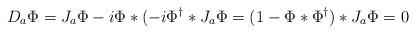
LaTeX: \begin{align*}D_a\Phi=J_a\Phi-i\Phi*(-i\Phi^{\dag}*J_a\Phi=(1-\Phi*\Phi^{\dag})*J_a\Phi=0\end{align*}